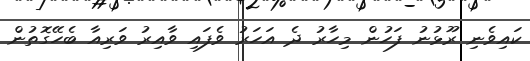
ކައިވެނި ރޫޅުނު ފަހުން މިހާރު ދެ އަހަރު ވެފައި ވާއިރު ވަރިއާ ބެހޭގޮތުން